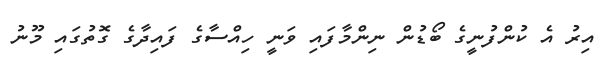
އިރު އެ ކުންފުނީގެ ބޯޑުން ނިންމާފައި ވަނީ ހިއްސާގެ ފައިދާގެ ގޮތުގައި މޫނު